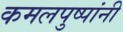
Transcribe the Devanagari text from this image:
कमलपुष्पांनी